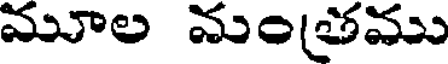
మూల మంతము